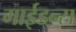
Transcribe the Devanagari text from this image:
गाईडन्स